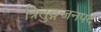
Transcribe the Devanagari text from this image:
त्रितुङ्गजनपद